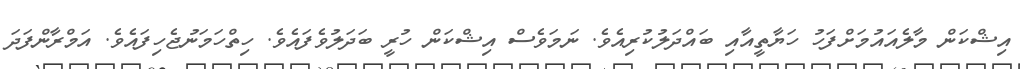
އިޝްކަން މާލެއައުމަށްފަހު ހަޔާތީއާއި ބައްދަލުކުރިއެވެ. ނަމަވެސް އިޝްކަން ހުރީ ބަދަލުވެފައެވެ. ހިތްހަމަނުޖެހިފައެވެ. އަމްރާންފަދަ